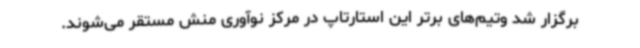
برگزار شد وتیم‌های برتر این استارتاپ در مرکز نوآوری منش مستقر می‌شوند.